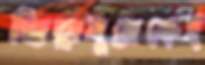
জিম্বাবুয়েকেই